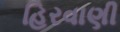
હિરવાણી